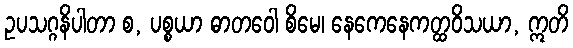
ဥပသဂ္ဂနိပါတာ စ, ပစ္စယာ ဓာတဝေါ စိမေ၊ နေကေနေကတ္ထဝိသယာ, ဣတိ